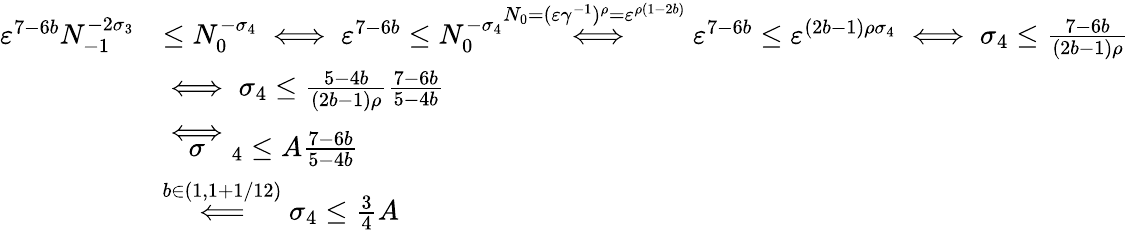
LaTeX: \begin{array}{rl}{\varepsilon^{7-6b}N_{-1}^{-2\sigma_{3}}}&{\le N_{0}^{-\sigma_{4}}\iff\varepsilon^{7-6b}\le N_{0}^{-\sigma_{4}}\overset{N_{0}=(\varepsilon\gamma^{-1})^{\rho}=\varepsilon^{\rho(1-2b)}}{\iff}\varepsilon^{7-6b}\le\varepsilon^{(2b-1)\rho\sigma_{4}}\iff\sigma_{4}\le\frac{7-6b}{(2b-1)\rho}}\\ &{\iff\sigma_{4}\le\frac{5-4b}{(2b-1)\rho}\frac{7-6b}{5-4b}}\\ &{\overset\iff\sigma_{4}\le A\frac{7-6b}{5-4b}}\\ &{\overset{b\in(1,1+1/12)}{\Longleftarrow}\sigma_{4}\le\frac{3}{4}A}\end{array}